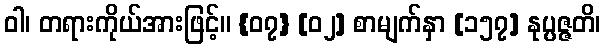
ဝါ၊ တရားကိုယ်အားဖြင့်။ {၀၇} [၀၂] စာမျက်နှာ [၁၅၇] နုပ္ပဇ္ဇတိ၊